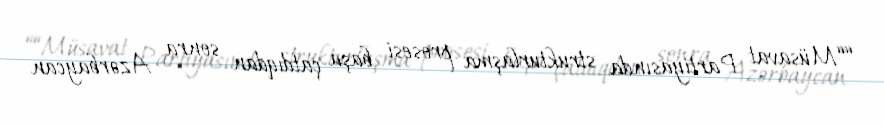
““Müsavat Partiyasında strukturlaşma prosesi başa çatdıqdan sonra Azərbaycan